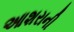
આશરાની